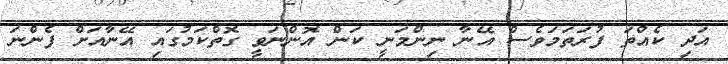
އަދި ކެއްތަ ފުރަތަމަވެސް އޭނާ ނިންމަނީ ކަން އޮންނަވީ ގޮތްކަމުގައި އޭނާއަށް ފެންނަ